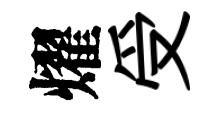
燿受